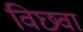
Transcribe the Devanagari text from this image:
विछवा